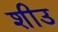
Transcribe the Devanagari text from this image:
शीउ